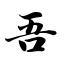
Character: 吾